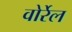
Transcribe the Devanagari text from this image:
वोर्रेल